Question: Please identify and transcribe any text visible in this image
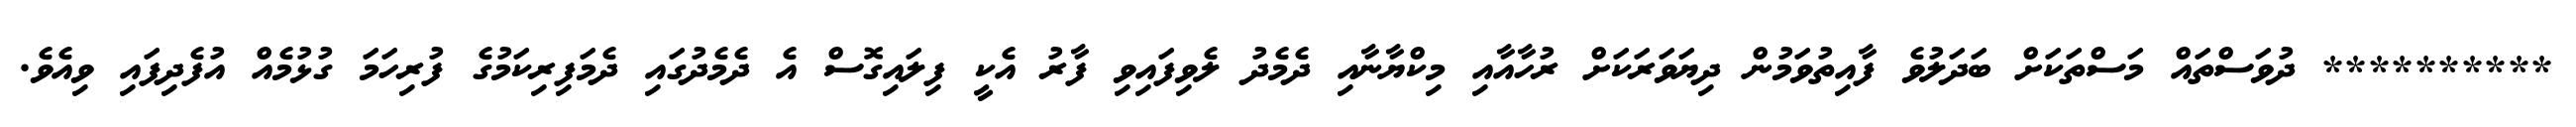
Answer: ********** ދުވަސްތައް މަސްތަކަށް ބަދަލުވެ ފާއިތުވަމުން ދިޔަވަރަކަށް ރުހާއާއި މިކްޔާނާއި ދެމެދު ލެވިފައިވި ފާރު އެކީ ފިލައިގޮސް އެ ދެމެދުގައި ދެމަފިރިކަމުގެ ފުރިހަމަ ގުޅުމެއް އުފެދިފައި ވިއެވެ.